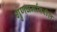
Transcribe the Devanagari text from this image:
गुणधर्मावरील